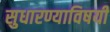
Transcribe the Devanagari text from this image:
सुधारण्याविषयीं